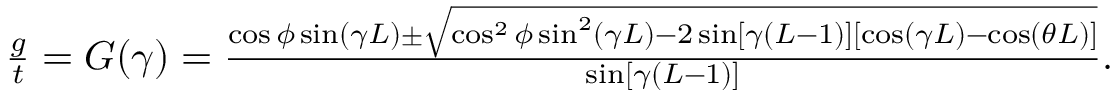
\begin{array} { r } { \frac { g } { t } = G ( \gamma ) = \frac { \cos \phi \sin ( \gamma L ) \pm \sqrt { \cos ^ { 2 } \phi \sin ^ { 2 } ( \gamma L ) - 2 \sin [ \gamma ( L - 1 ) ] [ \cos ( \gamma L ) - \cos ( \theta L ) ] } } { \sin [ \gamma ( L - 1 ) ] } . } \end{array}